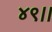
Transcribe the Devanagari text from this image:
४९।।